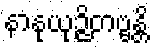
နာနုယုဉ္ဇိတဗ္ဗန္တိ